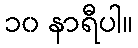
၁၀ နာရီပါ။